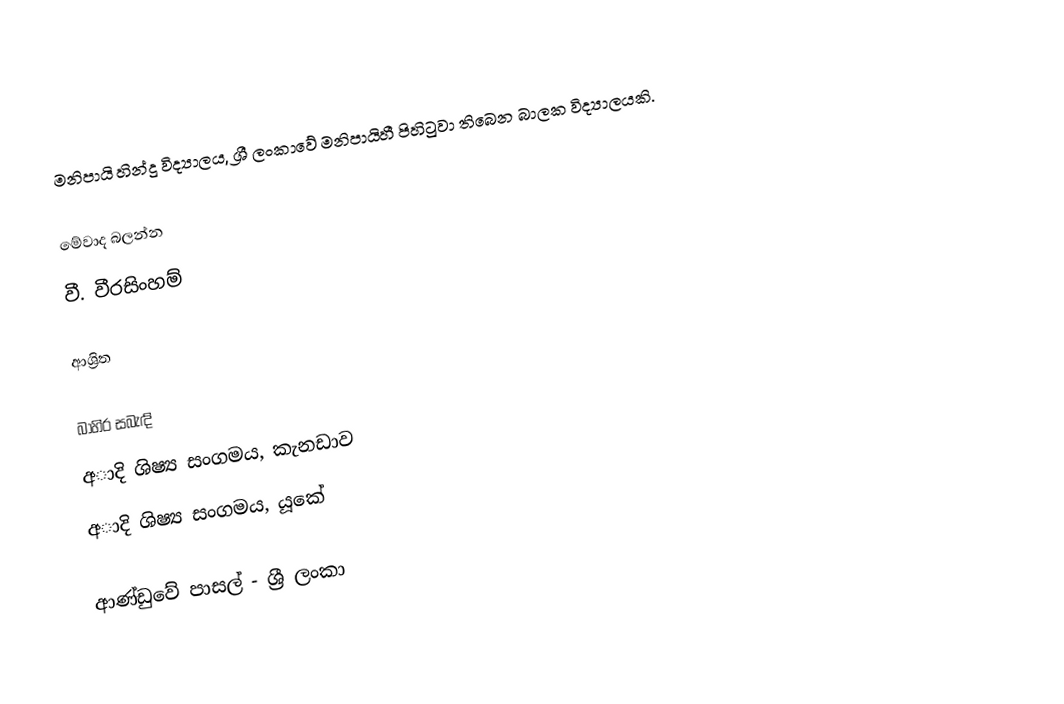
මනිපායි හින්දු විද්‍යාලය, ශ්‍රී ලංකාවේ මනිපායිහී පිහිටුවා තිබෙන බාලක විද්‍යාලයකි.

මේවාද බලන්න
 වී. වීරසිංහම්

ආශ්‍රිත

බාහිර සබැඳි
 අාදි ශිෂ්‍ය සංගමය, කැනඩාව
 අාදි ශිෂ්‍ය සංගමය, යූකේ

ආණ්ඩුවේ පාසල් - ශ්‍රී ලංකා